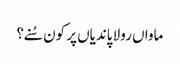
ماواں رولا پاندیاں پر کون سُنے؟